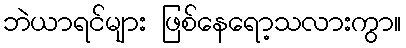
ဘဲယာရင်များ ဖြစ်နေရော့သလားကွာ။